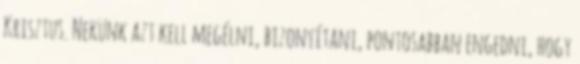
Krisztus. Nekünk azt kell megélni, bizonyítani, pontosabban engedni, hogy